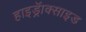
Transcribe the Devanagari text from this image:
हाइड्रॅाक्साइड